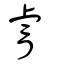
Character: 睿